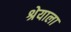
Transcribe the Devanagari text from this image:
श्रेयाला